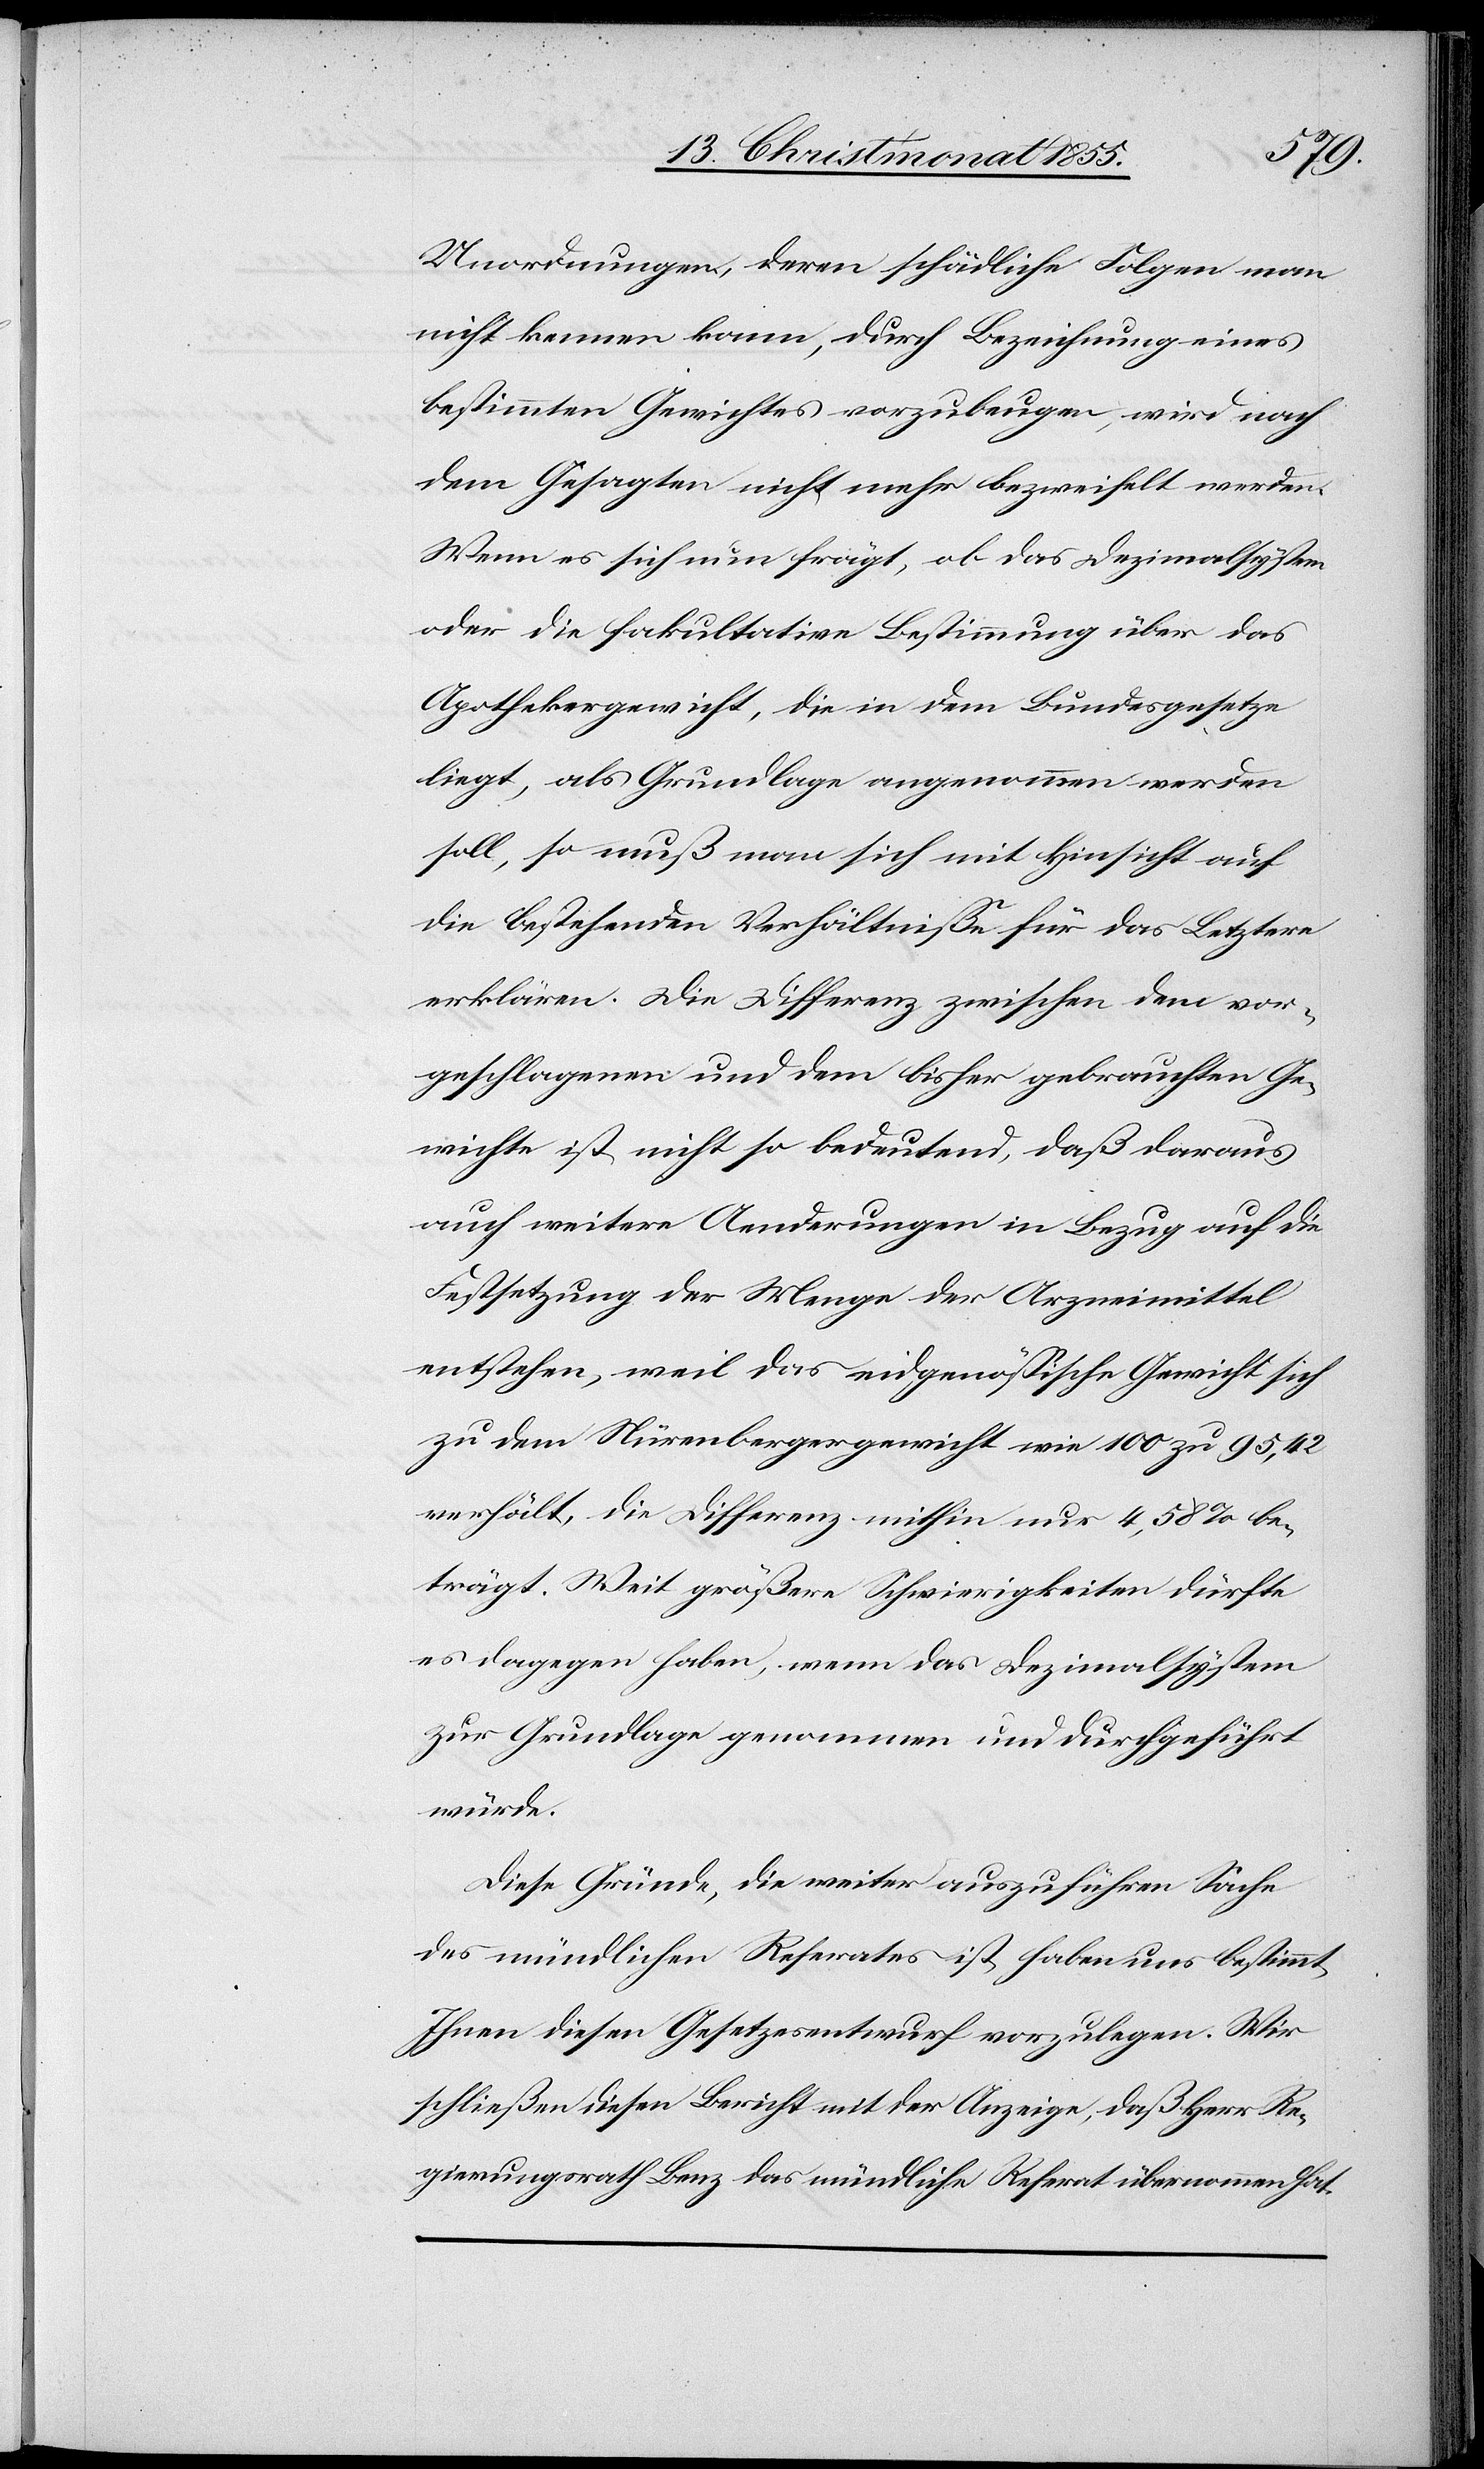
Unordnungen, deren schädliche Folgen man
nicht kennen kann, durch Bezeichnung eines
bestimmten Gewichtes vorzubeugen, wird nach
dem Gesagten nicht mehr bezweifelt werden.
Wenn es sich nun frägt, ob das Dezimalsystem
oder die fakultative Bestimmung über das
Apothekergewicht, die in dem Bundesgesetze
liegt, als Grundlage angenommen werden
soll, so muß man sich mit Hinsicht auf
die bestehenden Verhältnisse für das Letztere
erklären. Die Differenz zwischen dem vor¬
geschlagenen und dem bisher gebrauchten Ge¬
wichte ist nicht so bedeutend, daß daraus
auch weitere Aenderungen in Bezug auf die
Festsetzung der Menge der Arzneimittel
entstehen, weil das eidgenössische Gewicht sich
zu dem Nürenbergergewicht wie 100 zu 95,42
verhält, die Differenz mithin nur 4,58% be¬
trägt. Weit größere Schwierigkeiten dürfte
es dagegen haben, wenn das Dezimalsystem
zur Grundlage genommen und durchgeführt
würde.
Diese Gründe, die weiter auszuführen Sache
des mündlichen Referates ist, haben uns bestimmt,
Ihnen diesen Gesetzesentwurf vorzulegen. Wir
schließen diesen Bericht mit der Anzeige, daß Herr Re¬
gierungsrath Benz das mündliche Referat übernommen hat.